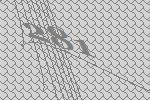
281